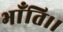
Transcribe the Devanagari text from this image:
भाँति।।